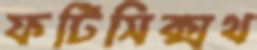
ফর্টিসিক্সথ